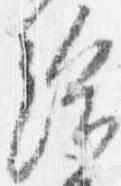
給